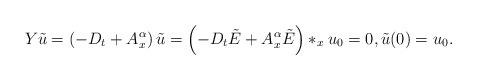
LaTeX: \begin{align*} Y \tilde{u} = \left( -D_{t}+A_{x}^{\alpha}\right) \tilde{u}=\left( -D_{t} \tilde{E} +A_{x}^{\alpha} \tilde{E} \right) \ast_x u_0 = 0, \tilde{u}(0) =u_{0}. \end{align*}